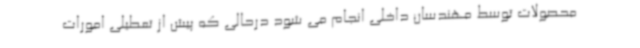
محصولات توسط مهندسان داخلی انجام می شود درحالی که پیش از تعطیلی امورات